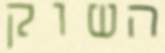
השוק